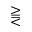
\gtreqqless